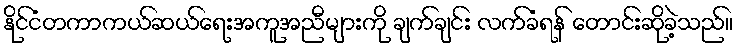
နိုင်ငံတကာကယ်ဆယ်ရေးအကူအညီများကို ချက်ချင်း လက်ခံရန် တောင်းဆိုခဲ့သည်။